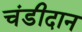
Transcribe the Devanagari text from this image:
चंडीदान